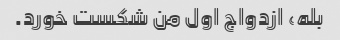
بله، ازدواج اول من شکست خورد.